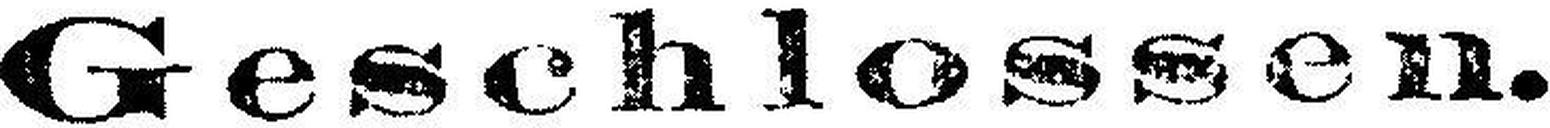
Geschlossen.